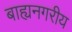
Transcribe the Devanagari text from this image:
बाह्यनगरीय